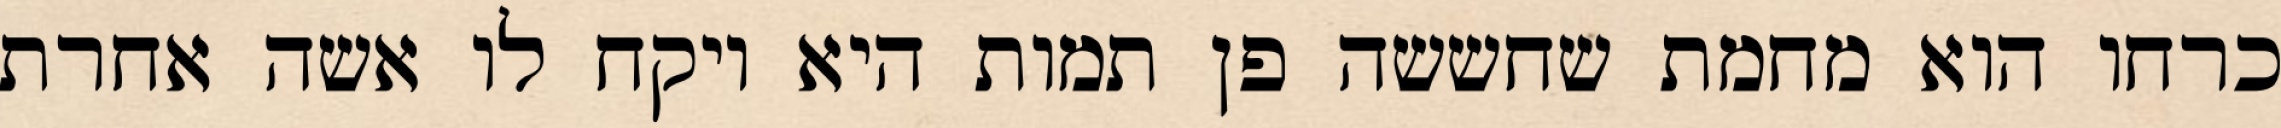
כרחו הוא מחמת שחששה פן תמות היא ויקח לו אשה אחרת